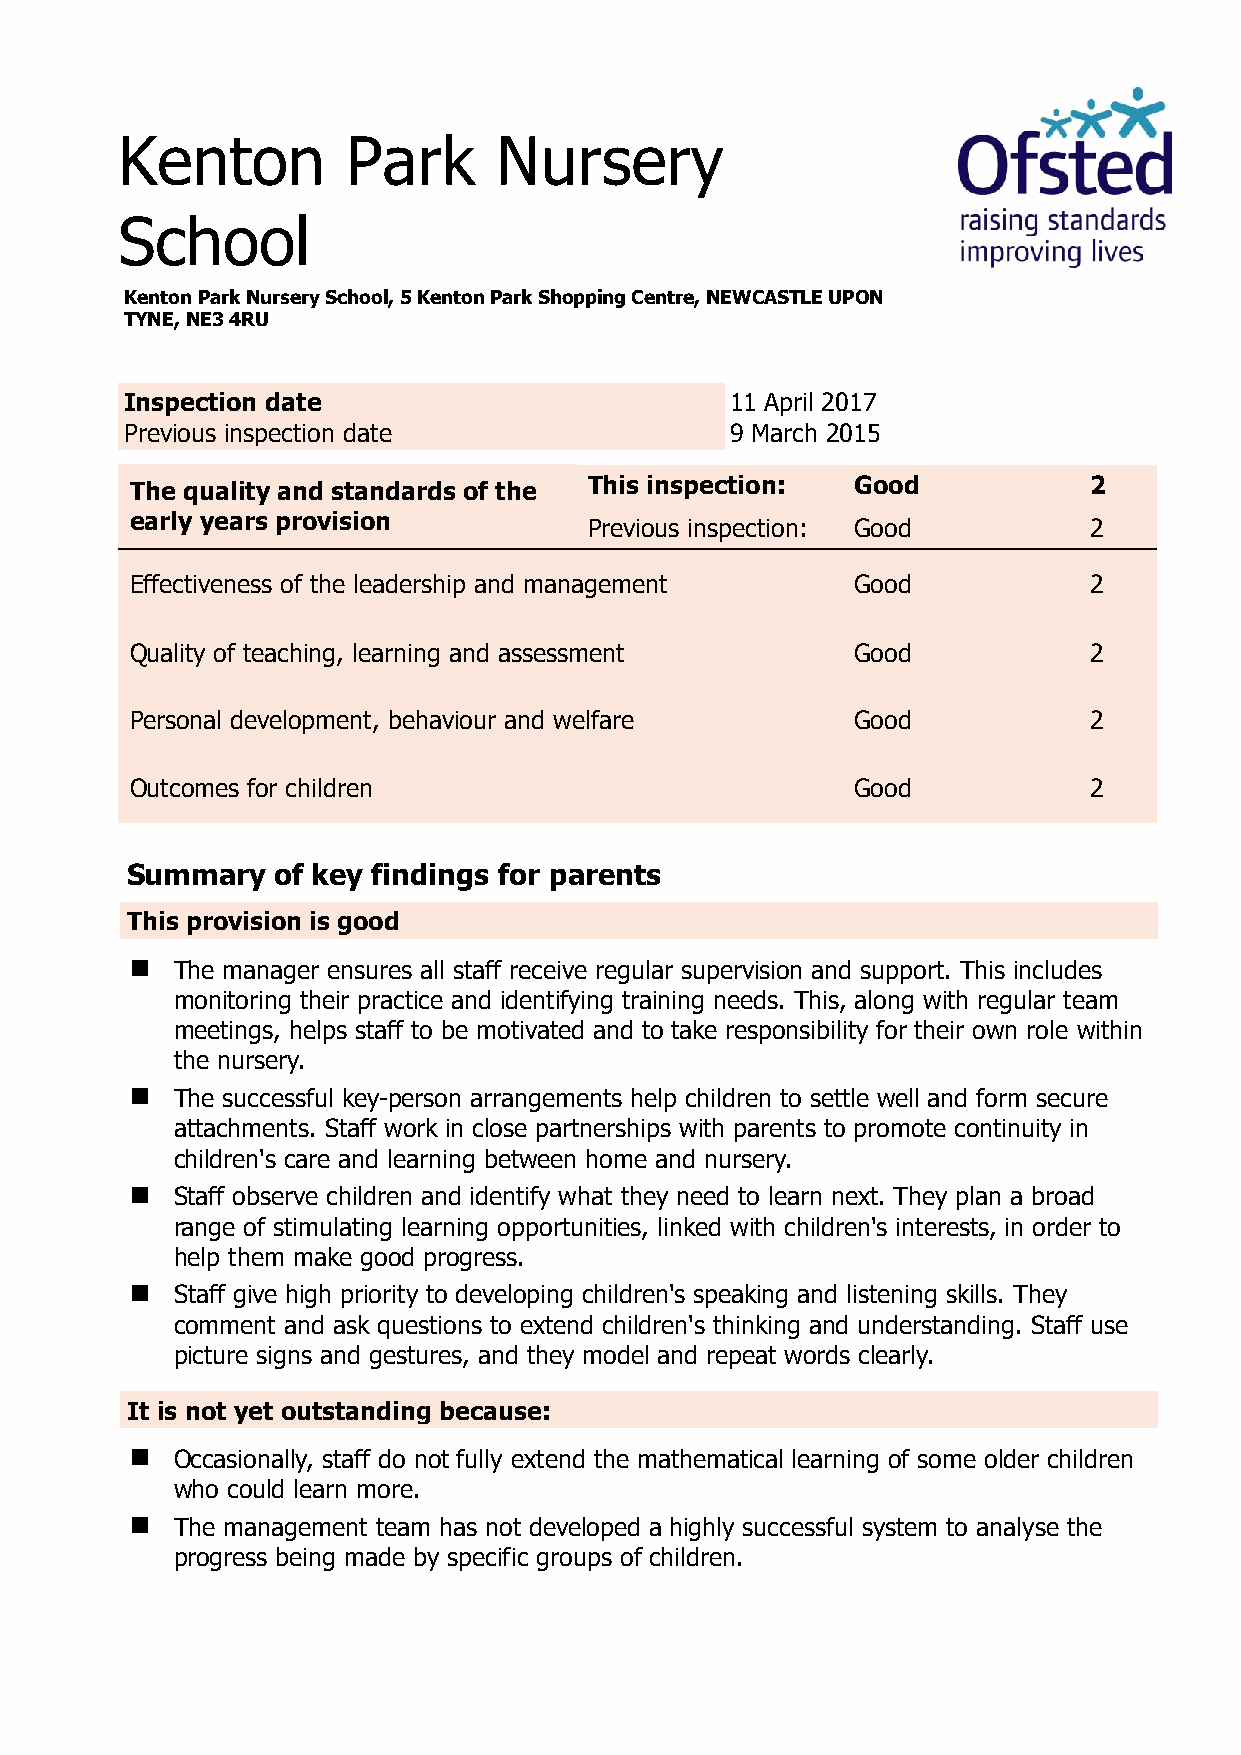
Kenton         Park      Nursery
 School
 Kenton Park Nursery School, 5 Kenton Park Shopping Centre, NEWCASTLE UPON
 TYNE, NE3 4RU
 Inspection date                         11 April 2017
 Previous inspection date                9 March 2015
 The quality and standards of the This inspection: Good         2
 early years provision
 Previous inspection: Good        2
 Effectiveness of the leadership and management Good            2
 Quality of teaching, learning and assessment   Good            2
 Personal development, behaviour and welfare    Good            2
 Outcomes for children                          Good            2
 Summary   of key findings for parents
 This provision is good
  The manager ensures all staff receive regular supervision and support. This includes
 monitoring their practice and identifying training needs. This, along with regular team
 meetings, helps staff to be motivated and to take responsibility for their own role within
 the nursery.
  The successful key-person arrangements help children to settle well and form secure
 attachments. Staff work in close partnerships with parents to promote continuity in
 children's care and learning between home and nursery.
  Staff observe children and identify what they need to learn next. They plan a broad
 range of stimulating learning opportunities, linked with children's interests, in order to
 help them make good progress.
  Staff give high priority to developing children's speaking and listening skills. They
 comment and ask questions to extend children's thinking and understanding. Staff use
 picture signs and gestures, and they model and repeat words clearly.
 It is not yet outstanding because:
  Occasionally, staff do not fully extend the mathematical learning of some older children
 who could learn more.
  The management team has not developed a highly successful system to analyse the
 progress being made by specific groups of children.